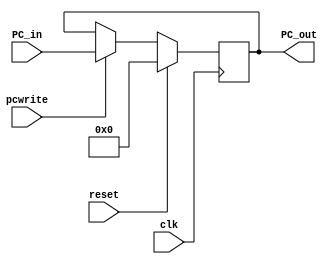
`timescale 1ns / 1ps
//////////////////////////////////////////////////////////////////////////////////
// Company: 
// Engineer: 
// 
// Design Name: 
// Module Name: Program_Counter
// Project Name: 
// Target Devices: 
// Tool Versions: 
// Description: 
// 
// Dependencies: 
// 
// Revision:
// Revision 0.01 - File Created
// Additional Comments:
// 
//////////////////////////////////////////////////////////////////////////////////


module Program_Counter(
    input clk,
    input reset,
    input pcwrite,
    input [63:0] PC_in,
    output reg [63:0] PC_out
    );
    
    initial begin
     PC_out = 0;
     
    end
    
    always@(posedge clk)
    begin
        
        
        if (reset ==1)
            PC_out <= 0;
            
        else if (~pcwrite)
            PC_out <= PC_out;
            
        else
            PC_out <= PC_in;
   end
    
    
endmodule


module pc_adder(
    input [63:0] a,
    input [63:0] b,
    output reg [63:0] out
    );
    
    always@(*)
     out = a + b;
    
    
    
endmodule